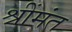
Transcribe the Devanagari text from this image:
श्रींमंत